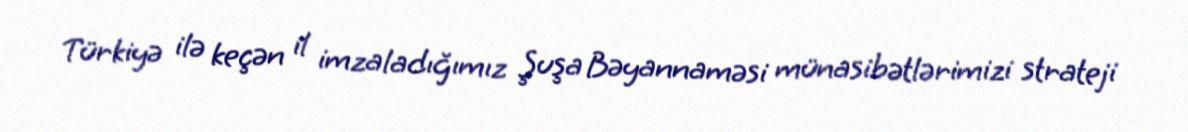
Türkiyə ilə keçən il imzaladığımız Şuşa Bəyannaməsi münasibətlərimizi strateji